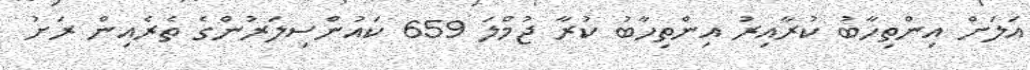
އަލަށް އިންތިހާބު ކުރާއިރު އިންތިހާބު ކުރާ ޖުމްލަ 659 ކައުންސިލަރުންގެ ތެރެއިން ރަށު